Vaccination in Bombay 1856-1862 - 1856-1862
Year: 1856
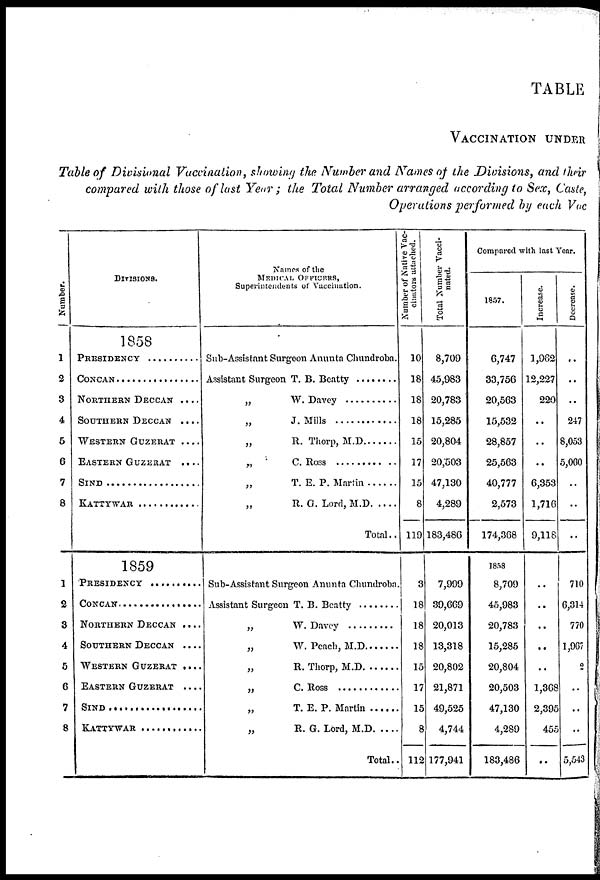
TABLE
VACCINATION UNDER
Table of Divisional Vaccination, showing the Number and Names of the Divisions, and their
compared with those of last Year; the Total Number arranged according to Sex, Caste,
Operations performed by each Vac
Number.
1
2
3
4
5
6
7
8
1
2
3
4
5
6
7
8
DIVISIONS.
1858
PRESIDENCY . . . . . . . . . . .
CONCAN . . . . . . . . . . . . .
NORTHERN DECCAN . . . .
SOUTHERN DECCAN . . . .
WESTERN GUZERAT . . . .
EASTERN GUZERAT . . . .
SIND . . . . . . . .. . . . . . .
KATTYWAR . . . . . . . . . .
1859
PRESIDENCY . . . . . . . . . . .
CONCAN . . . . . . . . . . . . .
NORTHERN DECCAN ....
SOUTHERN DECCAN . . . .
WESTERN GUZERAT ....
EASTERN GUZERAT ....
SIND . . . . . . . .. . . . . . .
KATTYWAR . . . . . . . . . .
Names of the
MEDICAL OFFICERS,
Superintendents of Vaccination.
Sub-Assistant Surgeon Anunta Chundroba.
Assistant Surgeon T.B. Beatty . . . . . . . .
„ W. Davey . . . . . . . . .
„ J Mills . . . . . . . . . . .
„ R. Thorp, M.D. . . . .
„ C. Ross . . . . . . . . . .
„
T. E. P. Martin . . . . . . . . .
„
R.
G. Lord, M.D . . . . . . . .
Total..
Sub-Assistant Surgeon Anunta Chundrobn.
Assistant Surgeon T.B. Beatty . . . . . . . .
„
W. Davcy . . . . . . . . . . . .
„ W.Peach . . . . . . . . . . .
„
R. Thorp, M.D . . . . . . . . .
„ C. Ross . . . . . . . . . . . . . . .
„ T. E. P. Martin . . . . . .
„
R. G. Lord, M.D . . . . .
Total..
Number of Native Vac-
cinators attached.
10
18
18
18
15
17
15
8
119
3
18
18
18
15
17
15
8
112
Total Number Vacci-
nated.
8,709
45,983
20,783
15,285
20,804
20,503
47,130
4,289
183,486
7,999
39,669
20,013
13,318
20,802
21,871
49,525
4,744
177,941
Compared with last Year.
1857.
6,747
33,756
20,563
15,532
28,857
25,563
40,777
2,573
174,368
1858
8,709
45,983
20,783
15,285
20,804
20,503
47,130
4,289
183,486
Increase.
1,962
12,227
220
..
..
..
6,353
1,716
9,118
..
..
..
..
..
1,368
2,395
455
..
Decrease.
..
..
..
247
8,053
5,060
..
..
..
710
6,314
770
1,007
2
..
..
..
5,543